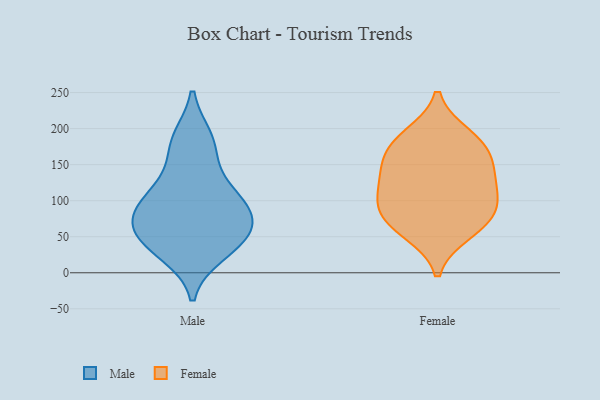
{"axis": {"x": "Shipments", "y": "Value"}, "legend": ["Female", "Male"], "data": [{"x": "", "y": 56, "type": "Male"}, {"x": "", "y": 104, "type": "Male"}, {"x": "", "y": 93, "type": "Male"}, {"x": "", "y": 176, "type": "Male"}, {"x": "", "y": 82, "type": "Male"}, {"x": "", "y": 28, "type": "Male"}, {"x": "", "y": 50, "type": "Male"}, {"x": "", "y": 41, "type": "Male"}, {"x": "", "y": 125, "type": "Male"}, {"x": "", "y": 185, "type": "Male"}, {"x": "", "y": 76, "type": "Male"}, {"x": "", "y": 86, "type": "Female"}, {"x": "", "y": 57, "type": "Female"}, {"x": "", "y": 169, "type": "Female"}, {"x": "", "y": 176, "type": "Female"}, {"x": "", "y": 189, "type": "Female"}, {"x": "", "y": 134, "type": "Female"}, {"x": "", "y": 91, "type": "Female"}, {"x": "", "y": 113, "type": "Female"}, {"x": "", "y": 70, "type": "Female"}, {"x": "", "y": 138, "type": "Female"}]}